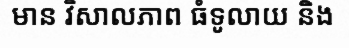
មាន វិសាលភាព ធំទូលាយ និង